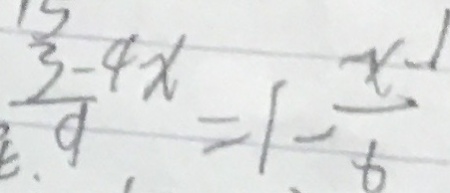
\frac { 3 - 4 x } { 9 } = 1 - \frac { x - 1 } { 6 }